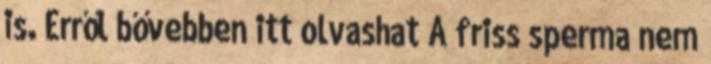
is. Erről bővebben itt olvashat A friss sperma nem